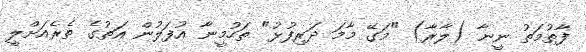
ފާތުމަތު ނީނާ (ލާރާ) "މަގޭ މާމަ ދަރިފުޅު" ތަހުމީނާ އުފަލުން އަތުގެ ތެރެއަށްލީ